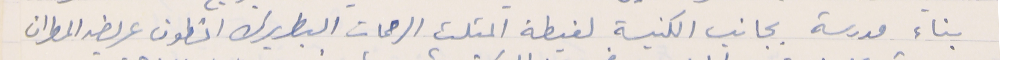
بناء مدرسة بجانب الكنيسة لغبطة المثلث الرحمات البطريرك انطون عريضه المطران